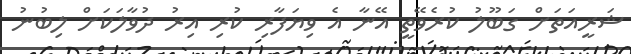
ޝަރީއަތަށް ގަބޫލު ކުރެވޭތީ އޭނާ އެ ވިޔަފާރި ކުރި އިރު ދުވާލަކަށް ލިބުނު